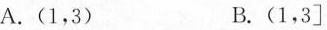
A.(1，3) B.(1，3]